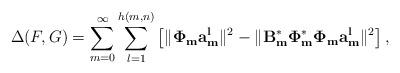
LaTeX: \begin{align*} \Delta(F,G)=\sum _{m=0}^{\infty }\sum _{l=1}^{h(m,n)}\left[\|\mathbf{\Phi_m a_m^l}\|^2-\|\mathbf{B_m^* \Phi_m^*\Phi_m a_m^l}\|^2\right],\end{align*}